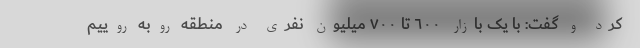
کرد و گفت: با یک بازار ٦٠٠ تا ٧٠٠ میلیون نفری در منطقه روبه روییم